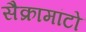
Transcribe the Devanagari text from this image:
सैक्रामांटो